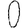
Digit: 0